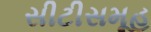
સીટીસમૂહ